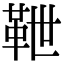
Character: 靾